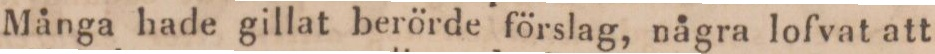
Många hade gillat berörde förslag, några lofvat att